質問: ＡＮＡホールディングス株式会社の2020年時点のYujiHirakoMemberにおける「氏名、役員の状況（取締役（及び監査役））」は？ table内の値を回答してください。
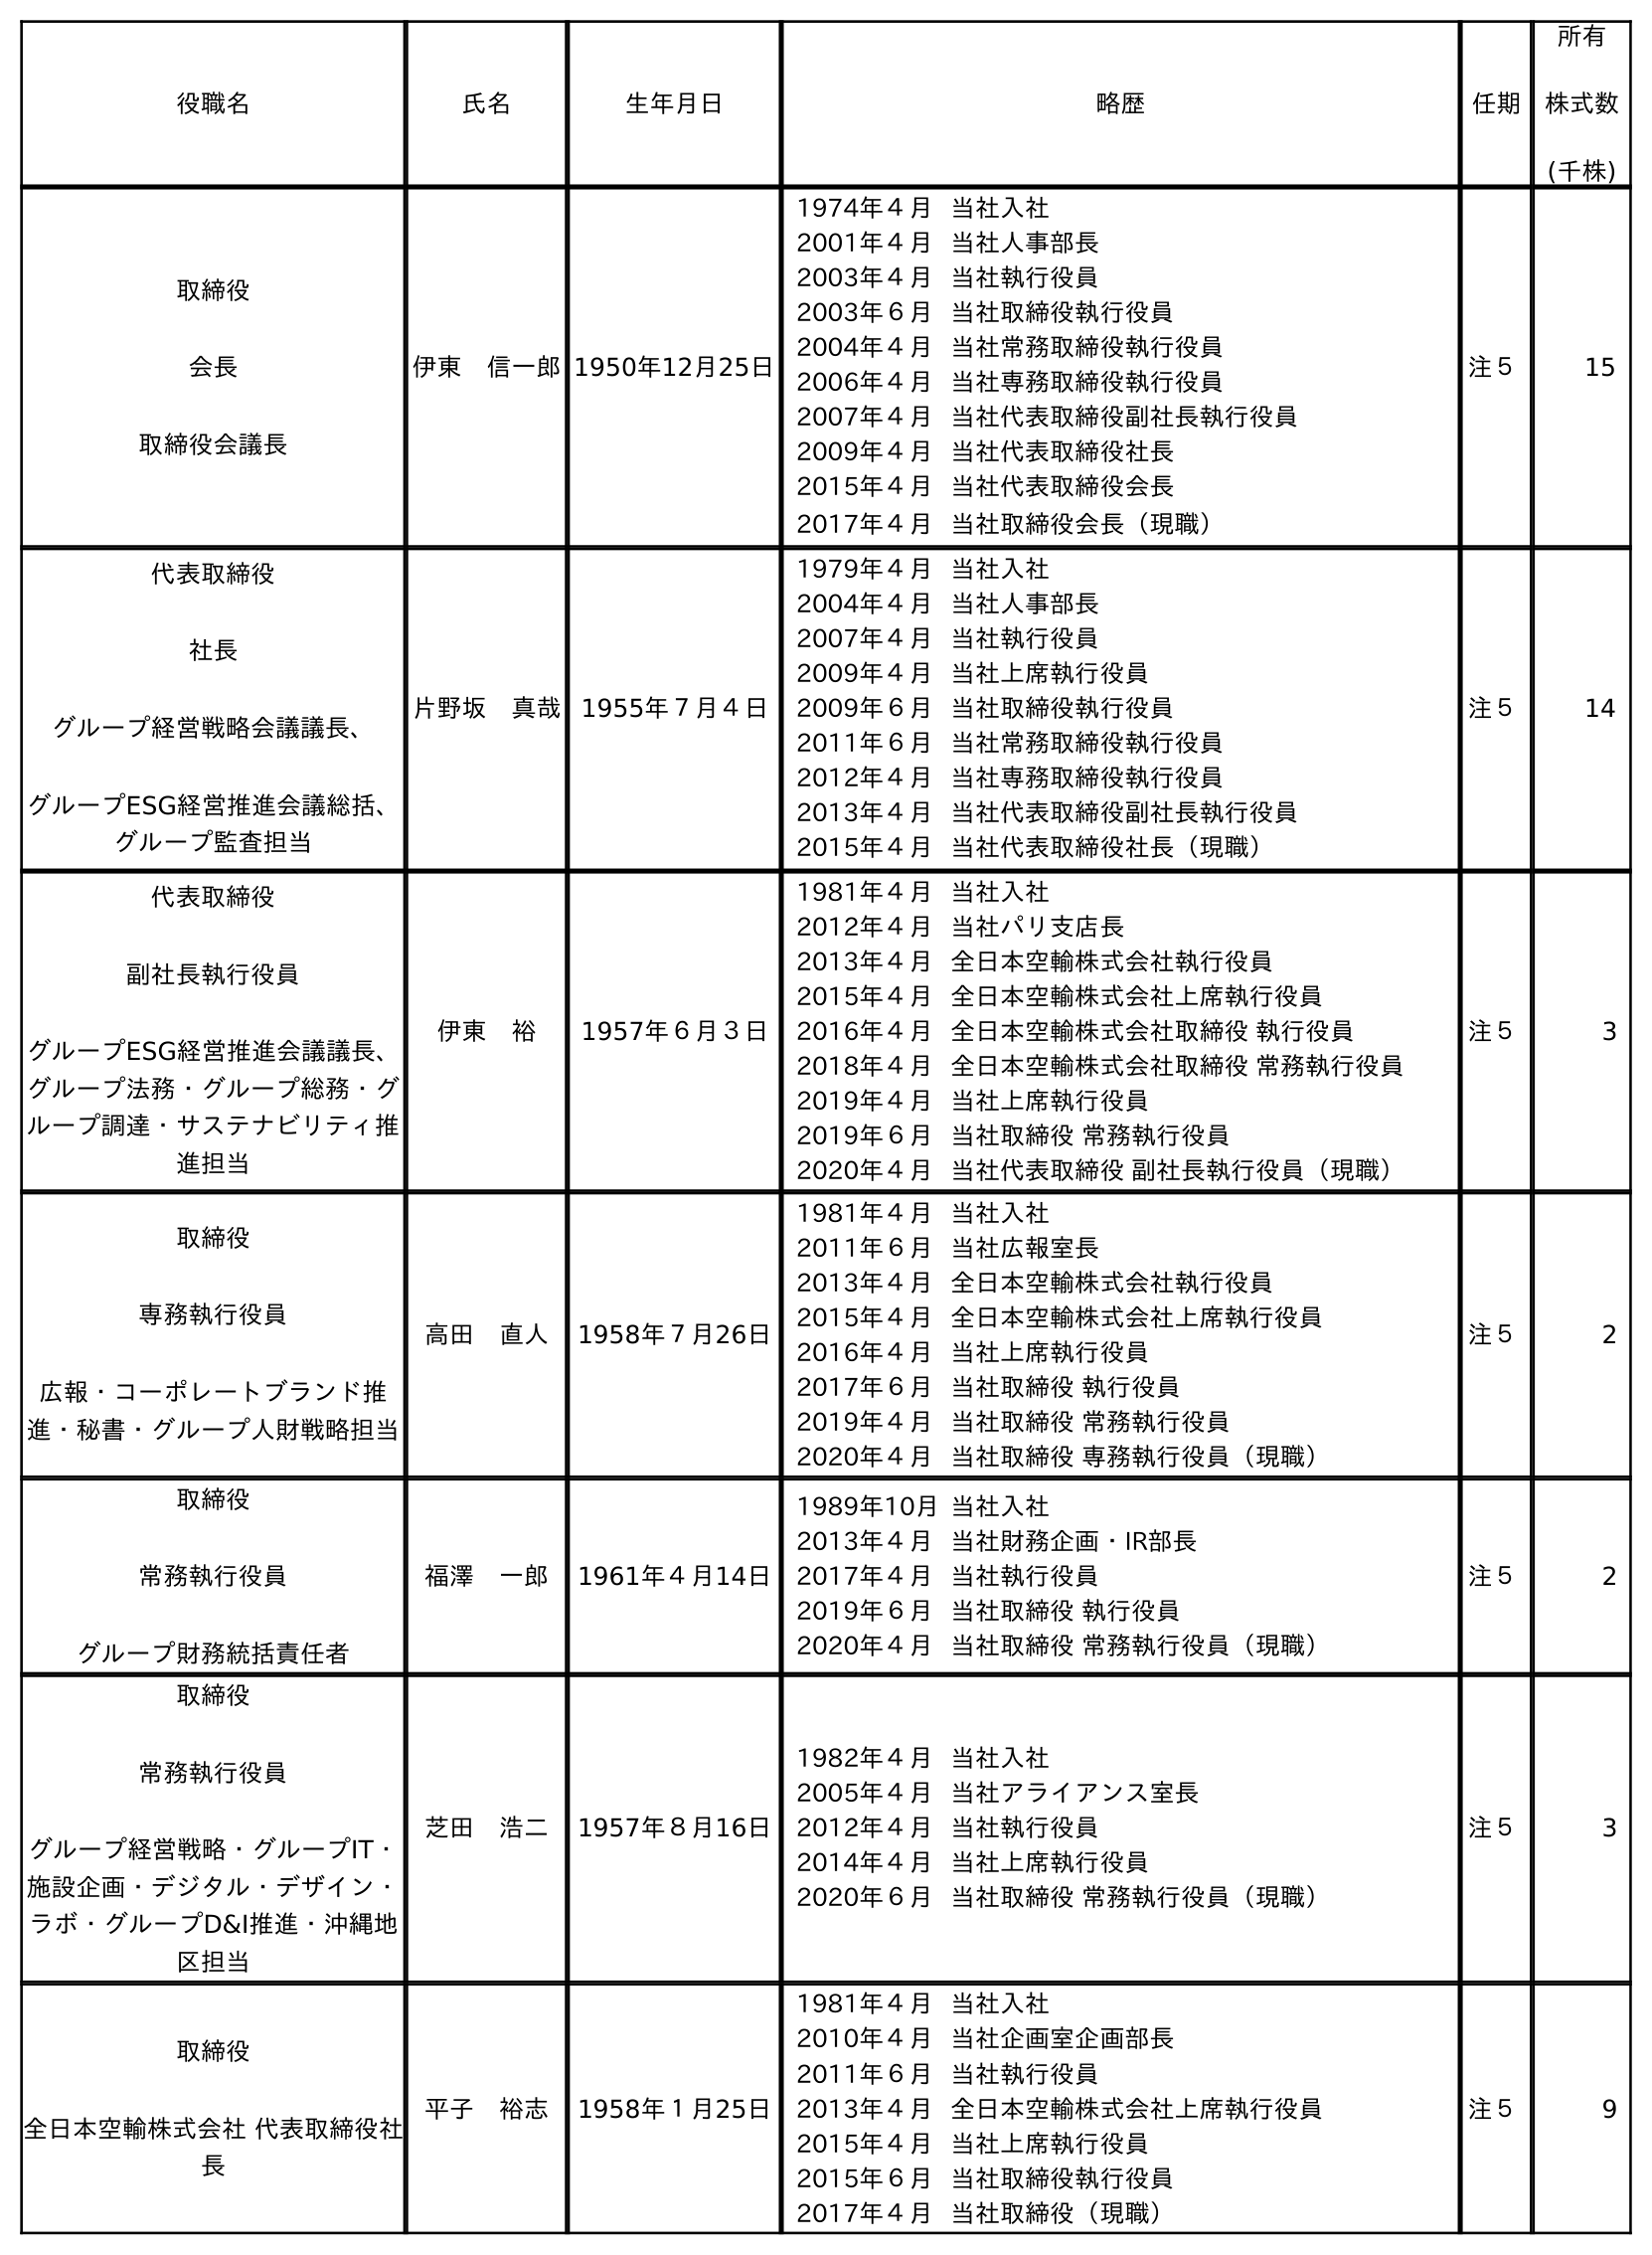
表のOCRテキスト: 役職名 氏名 生年月日 略歴 任期 所有 株式数 (千株) 取締役 会長 取締役会議長 伊東 信一郎1950年12月25日 1974年４月当社入社 2001年４月当社人事部長 2003年４月当社執行役員 2003年６月当社取締役執行役員 2004年４月当社常務取締役執行役員 2006年４月当社専務取締役執行役員 2007年４月当社代表取締役副社長執行役員 2009年４月当社代表取締役社長 2015年４月当社代表取締役会長 2017年４月当社取締役会長（現職） 注５ 15 代表取締役 社長 グループ経営戦略会議議長、 グループESG経営推進会議総括、 グループ監査担当 片野坂 真哉 1955年７月４日 1979年４月当社入社 2004年４月当社人事部長 2007年４月当社執行役員 2009年４月当社上席執行役員 2009年６月当社取締役執行役員 2011年６月当社常務取締役執行役員 2012年４月当社専務取締役執行役員 2013年４月当社代表取締役副社長執行役員 2015年４月当社代表取締役社長（現職） 注５ 14 代表取締役 副社長執行役員 グループESG経営推進会議議長、 グループ法務・グループ総務・グ ループ調達・サステナビリティ推 進担当 伊東 裕 1957年６月３日 1981年４月当社入社 2012年４月当社パリ支店長 2013年４月全日本空輸株式会社執行役員 2015年４月全日本空輸株式会社上席執行役員 2016年４月全日本空輸株式会社取締役 執行役員 2018年４月全日本空輸株式会社取締役 常務執行役員 2019年４月当社上席執行役員 2019年６月当社取締役 常務執行役員 2020年４月当社代表取締役 副社長執行役員（現職） 注５ 3 取締役 専務執行役員 広報・コーポレートブランド推 進・秘書・グループ人財戦略担当 高田 直人 1958年７月26日 1981年４月当社入社 2011年６月当社広報室長 2013年４月全日本空輸株式会社執行役員 2015年４月全日本空輸株式会社上席執行役員 2016年４月当社上席執行役員 2017年６月当社取締役 執行役員 2019年４月当社取締役 常務執行役員 2020年４月当社取締役 専務執行役員（現職） 注５ 2 取締役 常務執行役員 グループ財務統括責任者 福澤 一郎 1961年４月14日 1989年10月当社入社 2013年４月当社財務企画・IR部長 2017年４月当社執行役員 2019年６月当社取締役 執行役員 2020年４月当社取締役 常務執行役員（現職） 注５ 2 取締役 常務執行役員 グループ経営戦略・グループIT・ 施設企画・デジタル・デザイン・ ラボ・グループD&I推進・沖縄地 区担当 芝田 浩二 1957年８月16日 1982年４月当社入社 2005年４月当社アライアンス室長 2012年４月当社執行役員 2014年４月当社上席執行役員 2020年６月当社取締役 常務執行役員（現職） 注５ 3 取締役 全日本空輸株式会社 代表取締役社 長 平子 裕志 1958年１月25日 1981年４月当社入社 2010年４月当社企画室企画部長 2011年６月当社執行役員 2013年４月全日本空輸株式会社上席執行役員 2015年４月当社上席執行役員 2015年６月当社取締役執行役員 2017年４月当社取締役（現職） 注５ 9
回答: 平子　裕志